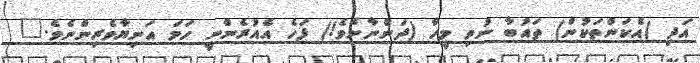
އަދި (އެކަންތަކުން) ތައުބާ ނުވި މީހާ (ދަންނާށެވެ!) ފަހެ އެއުރެންނީ ހަމަ އަނިޔާވެރިންނެވެ."